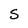
Character: S